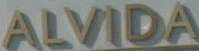
ALVIDA